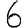
Digit: 6